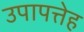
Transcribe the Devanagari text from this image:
उपापत्तेह